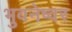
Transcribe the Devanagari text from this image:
भुवनेष्वर